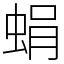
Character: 蜎